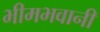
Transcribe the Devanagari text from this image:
भीमभवानी